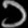
Digit: ၁